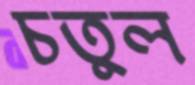
চতুল